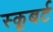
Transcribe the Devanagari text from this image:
स्कूबर्ट